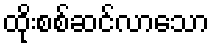
ထိုးစစ်ဆင်လာသော